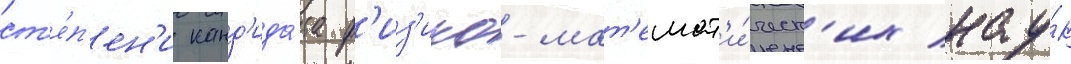
ст'е́п'ен'и канд'ида́та ф'из'ико-мат'емат'и́ческ'их нау́к